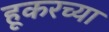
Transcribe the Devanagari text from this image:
हूकरच्या